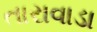
તારાવાડા